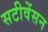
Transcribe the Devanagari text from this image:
सटीवेंसन